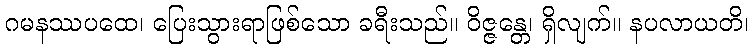
ဂမနဿပထေ၊ ပြေးသွားရာဖြစ်သော ခရီးသည်။ ဝိဇ္ဇန္တေ၊ ရှိလျက်။ နပလာယတိ၊